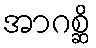
အာဂစ္ဆိ